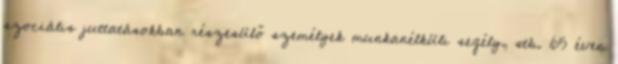
szociális juttatásokban részesülő személyek munkanélküli segély, stb. 65 éven